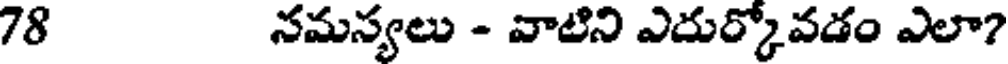
78 నమస్యలు - వాటిని ఎదుర్కోవడం ఎలా?